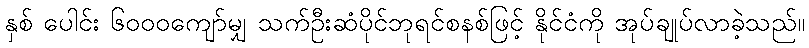
နှစ် ပေါင်း ၆၀၀၀ကျော်မျှ သက်ဦးဆံပိုင်ဘုရင်စနစ်ဖြင့် နိုင်ငံကို အုပ်ချုပ်လာခဲ့သည်။